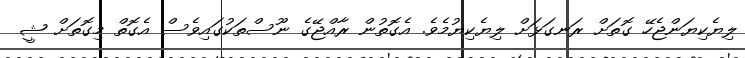
ލިޔެކިޔަންޖެހޭ ގޮތަށް ރަނގަޅަށް ލިޔެކިޔުމެވެ. އެގޮތުން ރާއްޖޭގެ ނޫސްތަކުގައިވެސް އެގޮތް މިގޮތަށް ޝީ